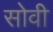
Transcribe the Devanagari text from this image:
सोवी